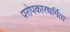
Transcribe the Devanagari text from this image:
परोपकारधर्मिता